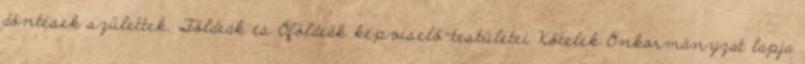
döntések születtek. Földeák és Óföldeák képviselő-testületei Kőtelek Önkormányzat lapja